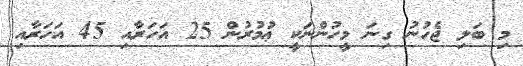
މި ބަލި ޖެހުނު ގިނަ މީހުންނަކީ ޢުމުރުން 25 އަހަރާއި 45 އަހަރާއި